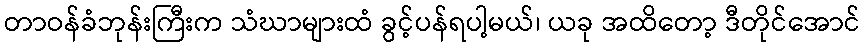
တာဝန်ခံဘုန်းကြီးက သံဃာများထံ ခွင့်ပန်ရပါ့မယ်၊ ယခု အထိတော့ ဒီတိုင်အောင်